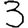
Digit: 3